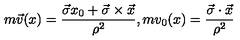
m \vec { v } ( x ) = \frac { \vec { \sigma } x _ { 0 } + \vec { \sigma } \times \vec { x } } { \rho ^ { 2 } } , m v _ { 0 } ( x ) = \frac { \vec { \sigma } \cdot \vec { x } } { \rho ^ { 2 } }